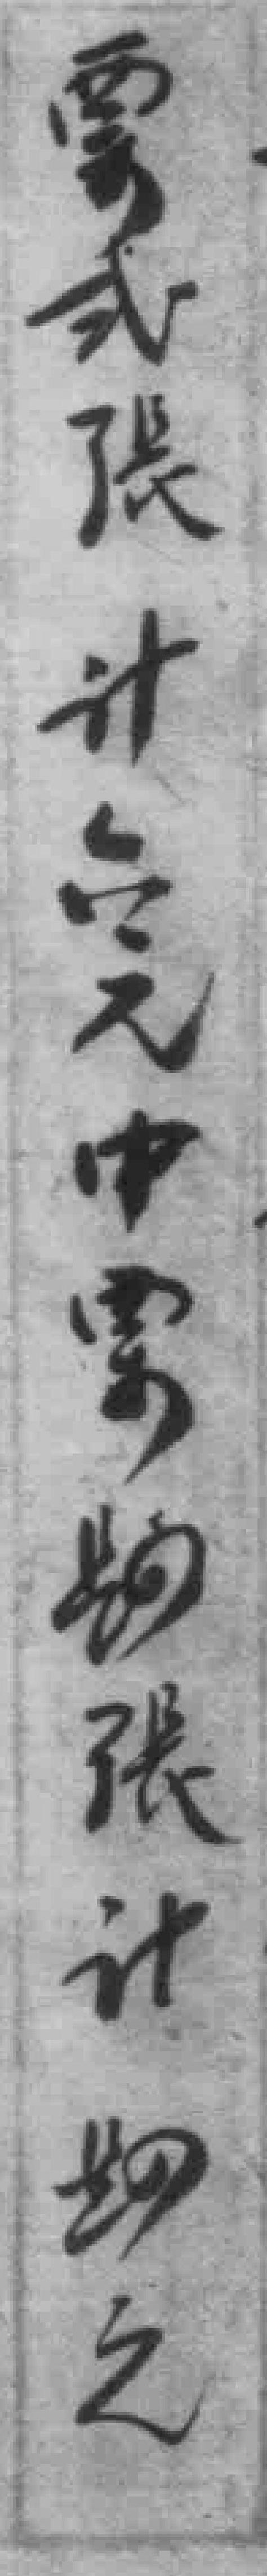
*式張計六元中需物張計物之